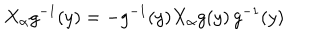
X _ { \alpha } g ^ { - 1 } ( y ) = - g ^ { - 1 } ( y ) X _ { \alpha } g ( y ) \, g ^ { - 1 } ( y )